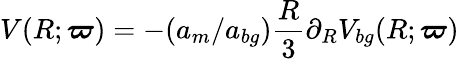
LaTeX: V(R;\boldsymbol{\varpi})=-(a_{m}/a_{bg})\frac{R}{3}\partial_{R}V_{bg}(R;\boldsymbol{\varpi})